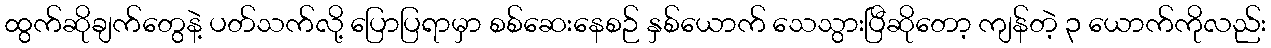
ထွက်ဆိုချက်တွေနဲ့ ပတ်သက်လို့ ပြောပြရာမှာ စစ်ဆေးနေစဉ် နှစ်ယောက် သေသွားပြီဆိုတော့ ကျန်တဲ့ ၃ ယောက်ကိုလည်း